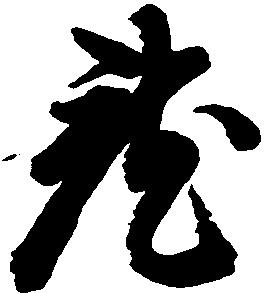
就